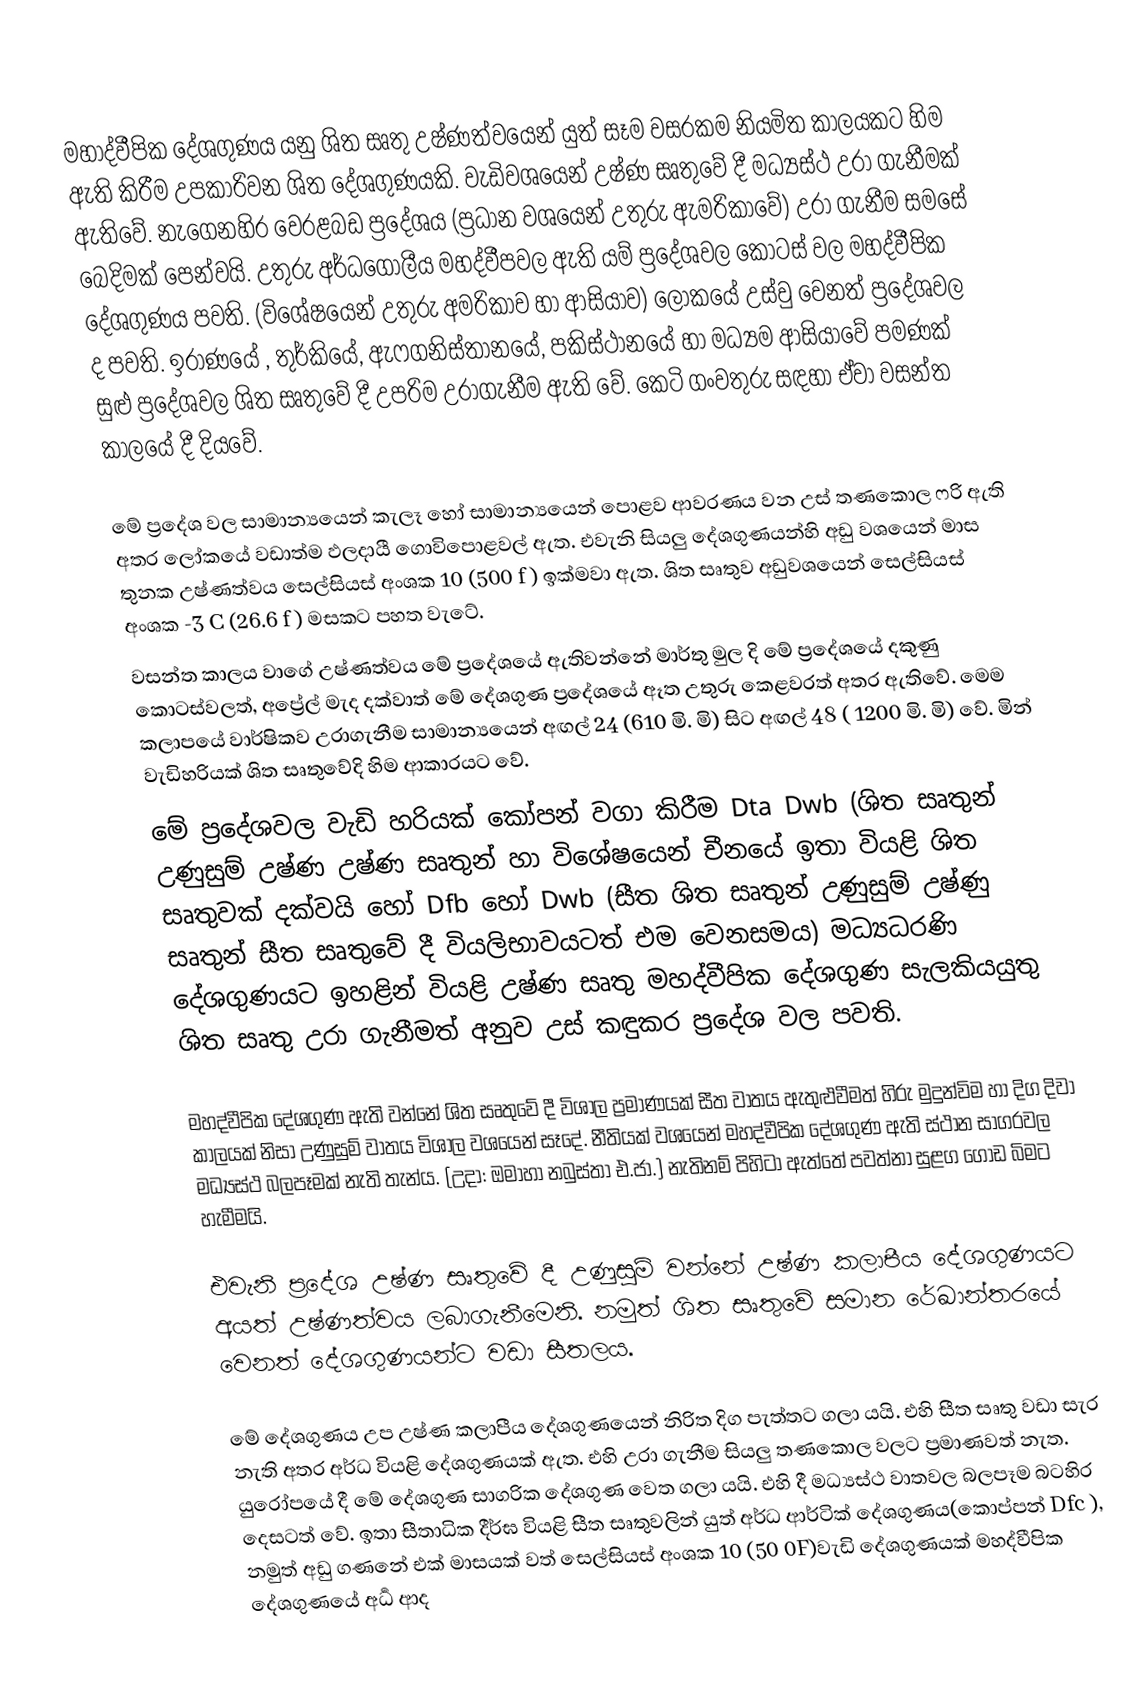
මහාද්වීපික දේශගුණය යනු ශිත සෘතු උෂ්ණත්වයෙන් යුත් සෑම වසරකම නියමිත කාලයකට හිම ඇති කිරීම  උපකාරිවන ශිත දේශගුණයකි. වැඩිවශයෙන් උෂ්ණ සෘතුවේ දී මධ්‍යස්ථ උරා ගැනීමක් ඇතිවේ. නැගෙනහිර වෙරළබඩ ප්‍රදේශය (ප්‍රධාන වශයෙන් උතුරු ඇමරිකාවේ) උරා ගැනීම සමසේ බෙදිමක් පෙන්වයි. උතුරු අර්ධගෝලීය  මහද්වීපවල ඇති යම් ප්‍රදේශවල කොටස් වල මහද්වීපික දේශගුණය  පවති. (විශේෂයෙන් උතුරු අමරිකාව හා ආසියාව) ලෝකයේ උස්වු වෙනත් ප්‍රදේශවල ද පවති. ඉරාණයේ , තුර්කියේ, ඇෆගනිස්තානයේ, පකිස්ථානයේ හා මධ්‍යම ආසියාවේ පමණක් සුළු ප්‍රදේශවල ශිත සෘතුවේ දී උපරිම උරාගැනීම ඇති වේ. කෙටි ගංවතුරු සඳහා ඒවා වසන්ත කා‍ල‍යේ දී දියවේ.

මේ ප්‍රදේශ වල සාමාන්‍යයෙන් කැලෑ හෝ සාමාන්‍යයෙන් පොළව ආවරණය වන උස් තණකොල ෆරි ඇති අතර ලෝකයේ වඩාත්ම ඵලදායී ගොවිපොළවල් ඇත. එවැනි සියලු දේශගුණයන්හි අඩු වශයෙන් මාස තුනක උෂ්ණත්වය සෙල්සියස් අංශක 10 (500  ‍f ) ඉක්මවා ඇත. ශිත සෘතුව අඩුවශයෙන්  සෙල්සියස් අංශක -3 C (26.6 f ) මසකට පහත වැටේ.
වසන්ත කාලය වාගේ උෂ්ණත්වය මේ ප්‍රදේශයේ ඇතිවන්නේ මාර්තු මුල දි මේ ප්‍ර‍දේශයේ දකුණු කොටස්වලත්, අප්‍රේල් මැද දක්වාත් මේ දේශගුණ ප්‍රදේශයේ ඈත උතුරු කෙළවරත් අතර ඇතිවේ. මෙම කලාපයේ වාර්ෂිකව උරාගැනීම සාමාන්‍යයෙන් අඟල් 24 (610 මි. මි) සිට අඟල් 48  ( 1200 මි. මි) වේ. මින් වැඩිහරියක් ශිත සෘතුවේදි හිම ආකාරයට වේ.
මේ ප්‍රදේශවල වැඩි හරියක් කෝපන් වගා කිරීම Dta Dwb (ශිත සෘතුන් උණුසුම් උෂ්ණ උෂ්ණ සෘතුන් හා විශේෂයෙන් චීනයේ ඉතා වියළි ශිත සෘතුවක් දක්වයි හෝ Dfb   හෝ Dwb   (සීත ශිත සෘතුන් උණුසුම් උෂ්ණු සෘතුන් සීත සෘතුවේ දී වියලිභාවයටත් එම වෙනසමය) මධ්‍යධරණි දේශගුණයට ඉහළින් වියළි උෂ්ණ සෘතු මහද්වීපික දේශගුණ සැලකියයුතු ශිත සෘතු උරා ගැනීමත් අනුව  උස්  කඳුකර ප්‍රදේශ වල පවති.

මහද්වීපික දේශගුණ ඇති වන්නේ ශිත සෘතුවේ දී විශාල ප්‍රමාණයක් සීත වාතය ඇතුළුවීමත් හිරු මුදුන්විම හා දිග දිවා කාලයක් නිසා උණුසුම් වාතය විශාල වශයෙන් සෑදේ. නීතියක් වශයෙන් මහද්වීපික දේශගුණ ඇති ස්ථාන සාගරවල මධ්‍යස්ථ බලපෑමක් නැති තැන්ය. (උදා: ඔමාහා නබුස්තා එ.ජා.) නැතිනම් පිහිටා ඇත්තේ පවත්නා සුළග ගොඩ බිමට හැමීමයි.

එවැනි ප්‍රදේශ  උෂ්ණ සෘතුවේ දී උණුසුම් වන්නේ උෂ්ණ කලාපීය දේශගුණයට අයත් උෂ්ණත්වය ලබාගැනීමෙනි. නමුත් ශිත සෘතුවේ සමාන රේඛාන්තරයේ වෙනත් දේශගුණයන්ට වඩා සීතලය.

මේ දේශගුණය උප උෂ්ණ කලාපීය දේශගුණයෙන් නිරිත දිග පැත්තට ගලා ‍යයි. එහි සීත සෘතු වඩා සැර නැති අතර අර්ධ වියළි දේශගුණයක් ඇත. එහි උරා ගැනීම සියලු  තණකොල වලට ප්‍රමාණවත් නැත. යුරෝපයේ දී මේ දේශගුණ සාගරික දේශගුණ වෙත ගලා යයි. එහි දී මධ්‍යස්ථ වාතවල බලපෑම බටහිර දෙසටත් වේ. ඉතා සීතාධික දීර්ඝ වියළි සීත සෘතුවලින් යුත් අර්ධ ආර්ටික් දේශගුණය(කොප්පන් Dfc ), නමුත් අඩු ගණනේ එක් මාසයක් වත් සෙල්සියස් අංශක 10  (50 0F)වැඩි දේශගුණයක් මහද්වීපික දේශගුණයේ අර්‍ධ ආද